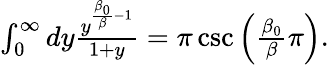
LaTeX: \begin{array}{r}{\int_{0}^{\infty}dy\frac{y^{\frac{\beta_{0}}{\beta}-1}}{1+y}=\pi\csc\Big(\frac{\beta_{0}}{\beta}\pi\Big).}\end{array}